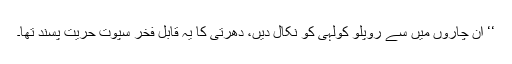
‘‘ ان چاروں میں سے روپلو کولہی کو نکال دیں، دھرتی کا یہ قابل فخر سپوت حریت پسند تھا۔